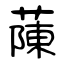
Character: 蔯